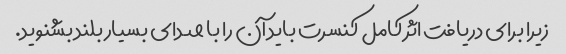
زیرا برای دریافت اثر کامل کنسرت باید آن را با صدای بسیار بلند بشنوید.